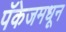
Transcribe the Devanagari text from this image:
पॅकेजमधून